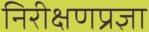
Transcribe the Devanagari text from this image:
निरीक्षणप्रज्ञा